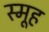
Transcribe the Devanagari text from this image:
स्मूह